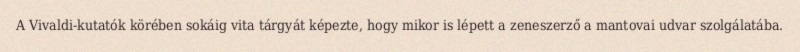
A Vivaldi-kutatók körében sokáig vita tárgyát képezte, hogy mikor is lépett a zeneszerző a mantovai udvar szolgálatába.